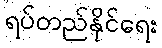
ရပ်တည်နိုင်ရေး